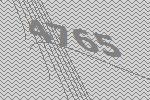
4765